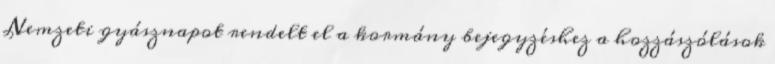
Nemzeti gyásznapot rendelt el a kormány bejegyzéshez a hozzászólások